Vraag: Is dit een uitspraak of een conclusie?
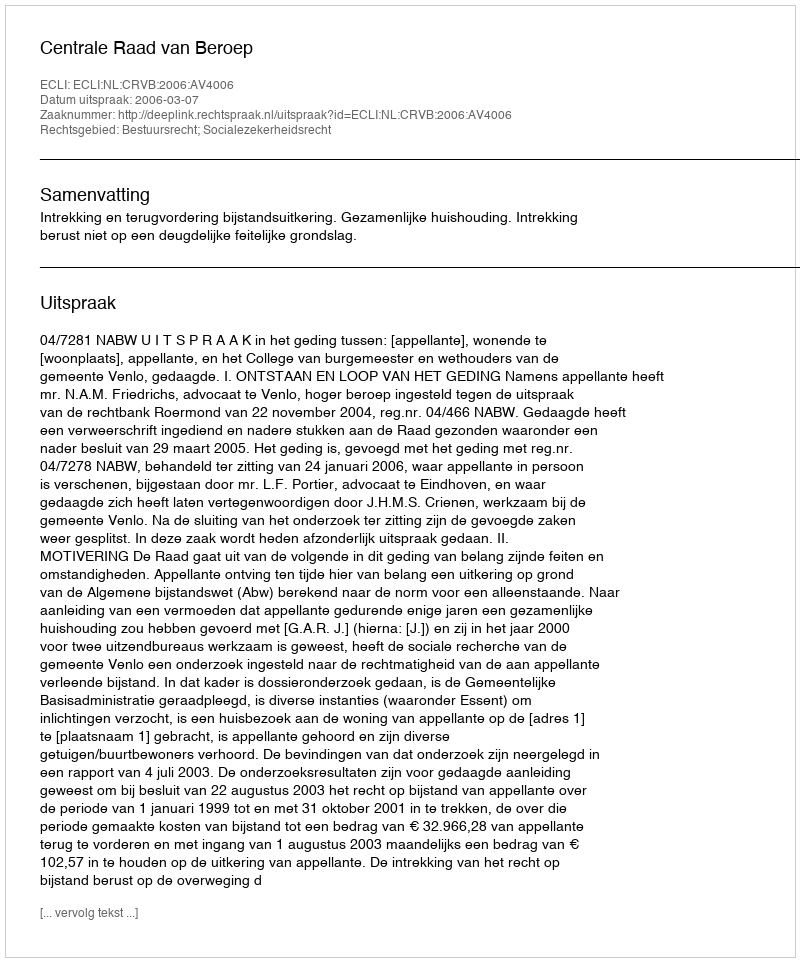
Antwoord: Uitspraak